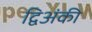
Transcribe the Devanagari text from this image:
द्विअंकी